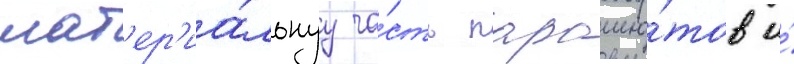
мат'ер'иа́льнуу ча́сть парашю́тов и́